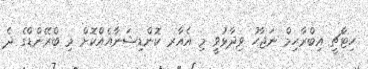
ހިޓާޗީ އިބްރާހިމް ނަޖާހު ވިދާޅުވީ މި އެއާރ ކޮންޑިޝަނާއެއްކޮށް މި ބްރޭންޑްގެ ދެ